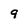
Character: 9